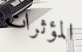
المؤثرات